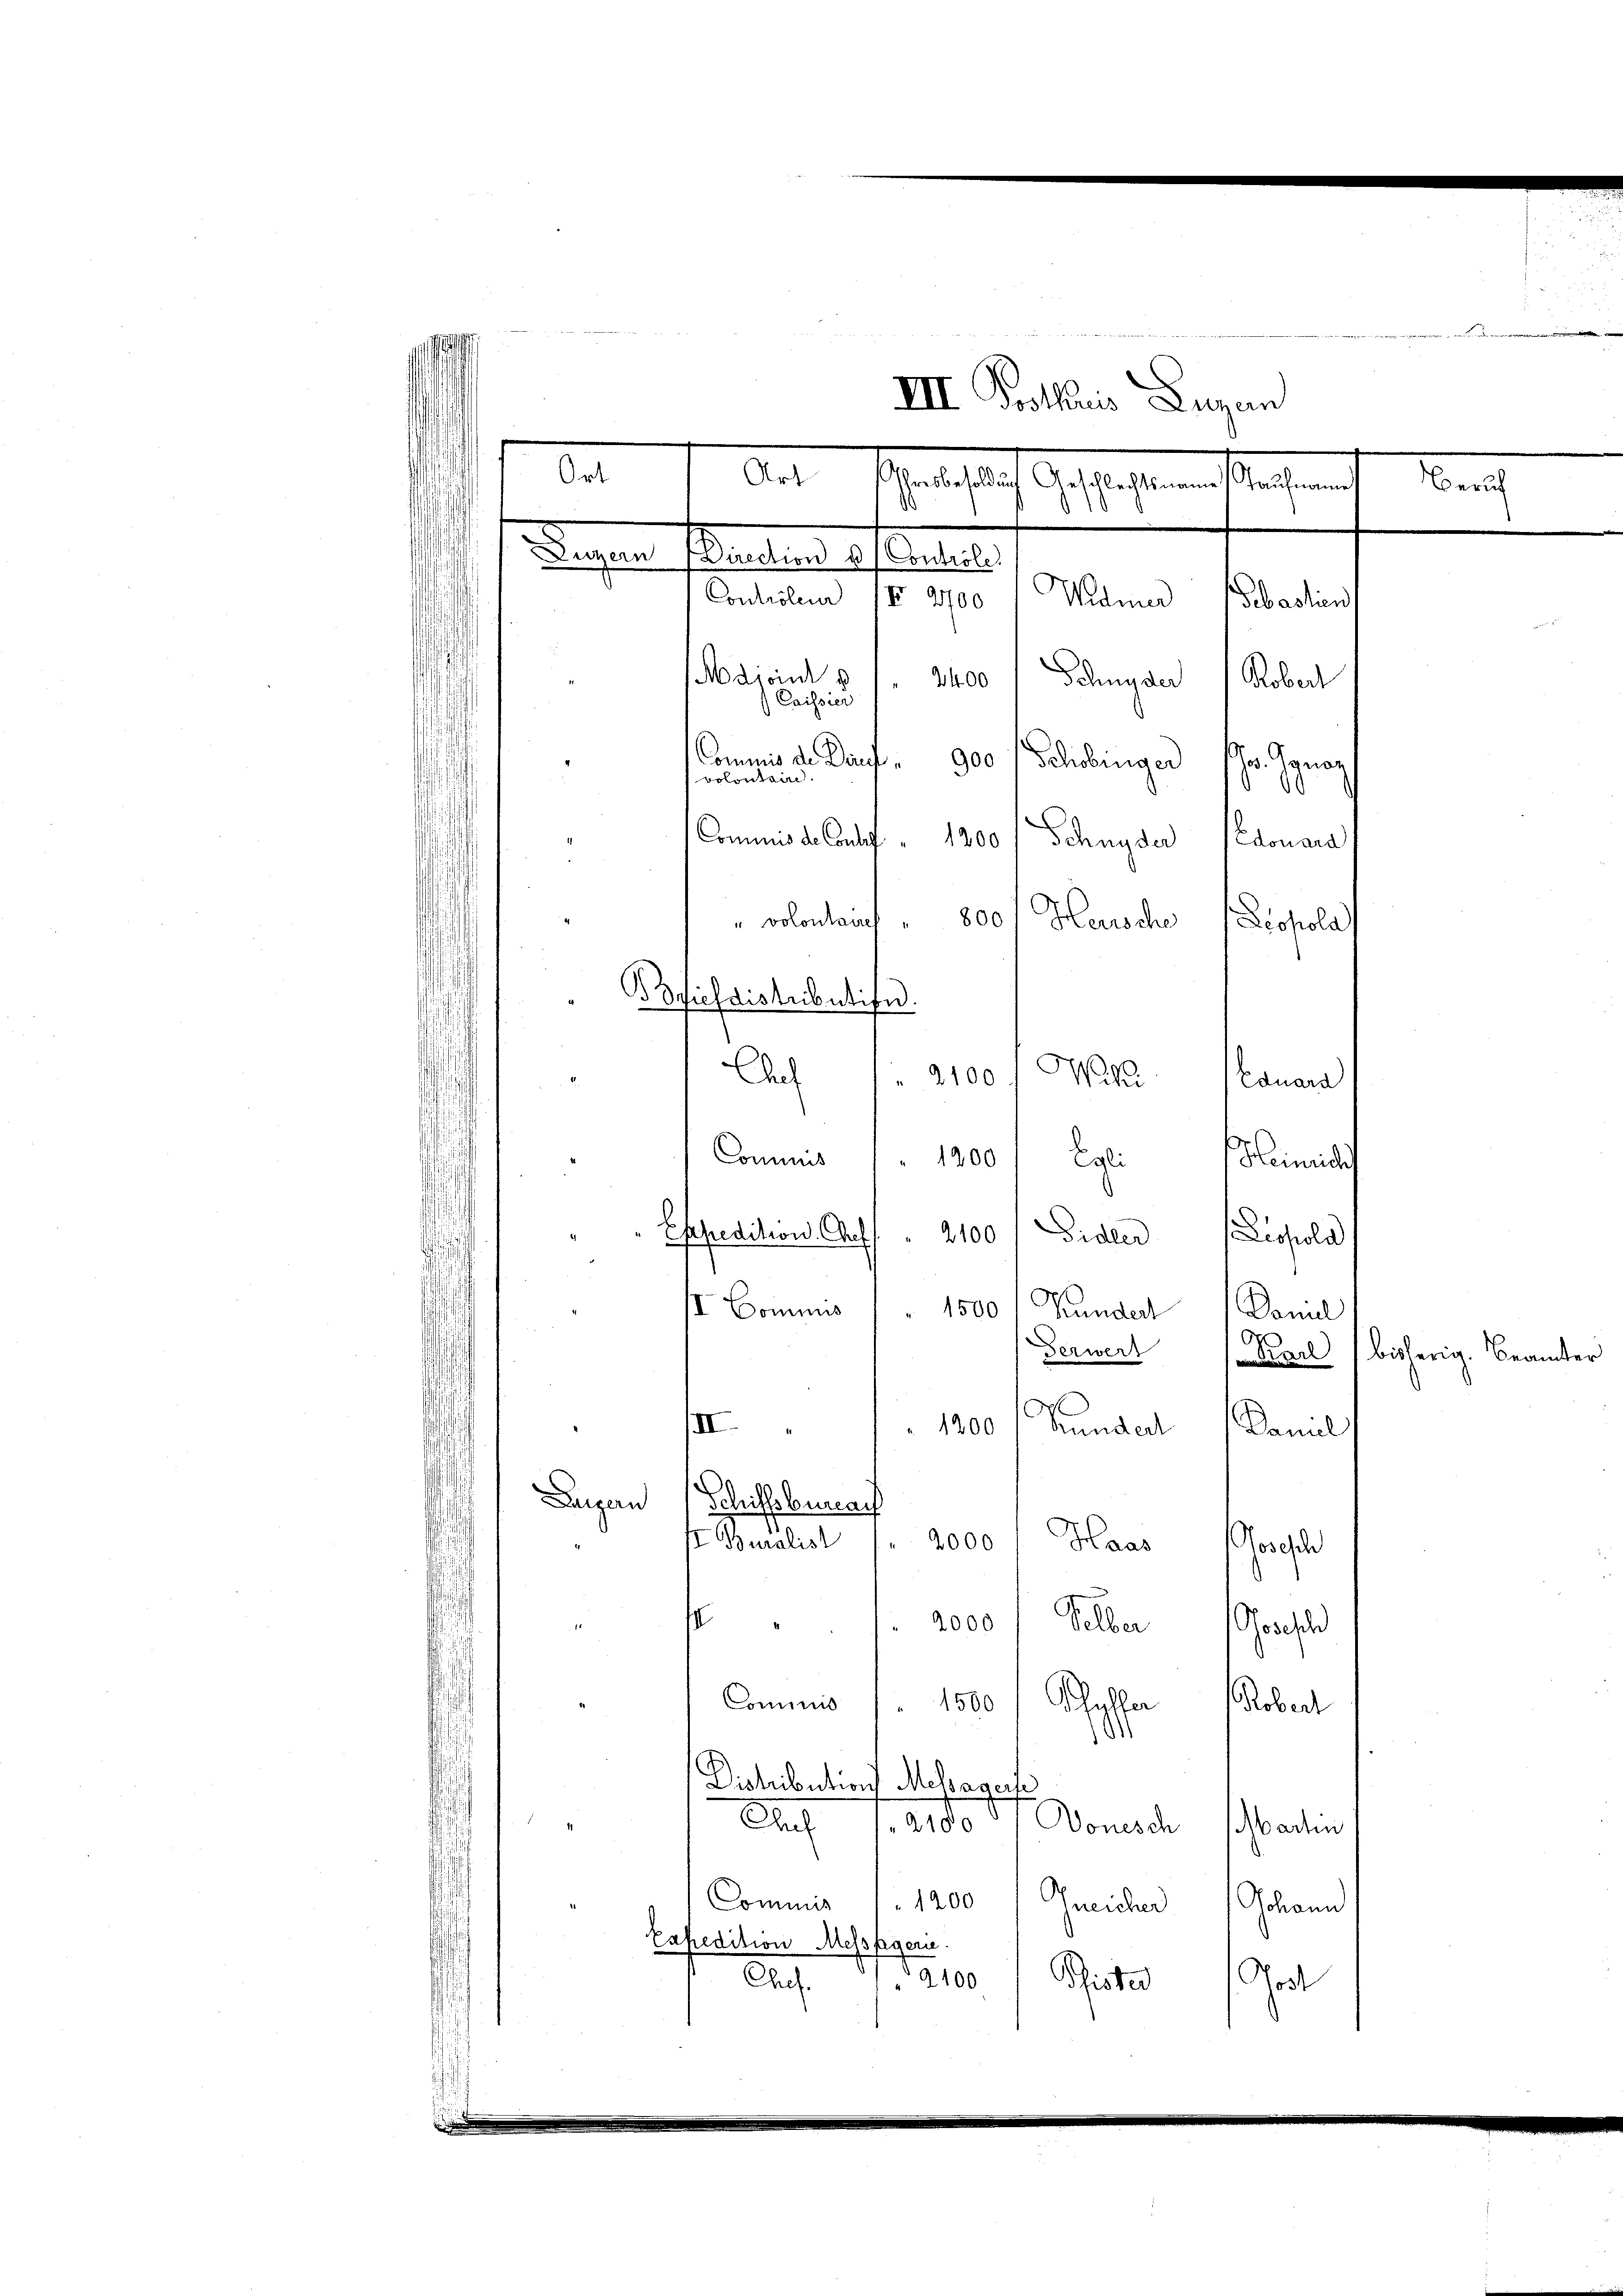
III. Trottuis Luzern
Papieren Plastian Referaten,
Widmer
Controleum (X 2700
Sebastien
Sachein " 2400 / Dingen Robert
Commis de Dauch,
900 / Schobinger (Hr. Ignor
Commis de Cautg " 1200 / Schnyder (Edouara
" volontains " 800 Herische (Leopola
Wa
Chef  2100
Equara
Conmens 1200 f Egli Heinrich
Sidler
Leopold
Esepredition. Auf 2100
II Commis
1500 Kunder Damel
Ferwert
Kundert
 1200
II.
Damal
Luzern Schiffsbenach
Buralist
Haas
2000
hrche
elber
fr. 4000
Gosse
Commis / 1500 f Pfyffer
Robert
11
Diohibution Mehagert
Aa fatto 17. Donade
Martin
Commis " 1200 / Gneicher Johann
Eapredition Messfagern.
Chef
12100 Pfister Jost

Adroit p
bolontaire.

Bovieldistributifn.

b. Art. Martigen
.

Geschaft mit diesen.

Beruf

Karl bisherig. Beamte

e